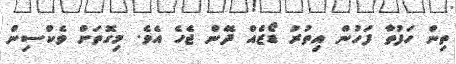
ތިން ހަފުތާ ފަހުން އިތުރު ޑޯޒެއް ދޭން ޖެހެ އެވެ. މިގޮތަށް ވެކްސިން